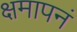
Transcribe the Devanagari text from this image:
क्षमापनं